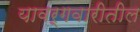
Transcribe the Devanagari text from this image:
यावर्गवारीतील